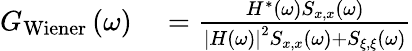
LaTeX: \begin{array}{r}{\begin{array}{rl}{G_{\mathrm{Wiener}}\left(\omega\right)}&{{}=\frac{H^{*}\left(\omega\right)S_{x,x}\left(\omega\right)}{\left|H\left(\omega\right)\right|^{2}S_{x,x}\left(\omega\right)+S_{\xi,\xi}\left(\omega\right)}}\end{array}}\end{array}